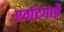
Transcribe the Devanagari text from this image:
एवांटगार्डे